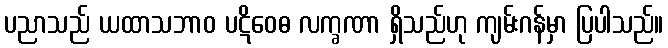
ပညာသည် ယထာသဘာဝ ပဋိဝေဓ လက္ခဏာ ရှိသည်ဟု ကျမ်းဂန်မှာ ပြပါသည်။